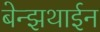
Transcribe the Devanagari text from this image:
बेन्झथाईन